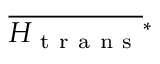
\overline { { H _ { \mathrm { ~ t ~ r ~ a ~ n ~ s ~ } } } } { } ^ { * }